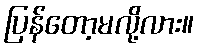
ပြန်တော့မလို့လား။